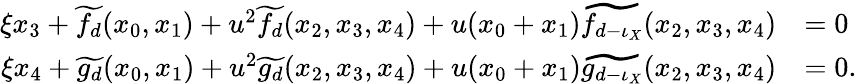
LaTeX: \begin{array}{rl}{\xi x_{3}+\widetilde{f_{d}}(x_{0},x_{1})+u^{2}\widetilde{f_{d}}(x_{2},x_{3},x_{4})+u(x_{0}+x_{1})\widetilde{f_{d-\iota_{X}}}(x_{2},x_{3},x_{4})}&{=0}\\ {\xi x_{4}+\widetilde{g_{d}}(x_{0},x_{1})+u^{2}\widetilde{g_{d}}(x_{2},x_{3},x_{4})+u(x_{0}+x_{1})\widetilde{g_{d-\iota_{X}}}(x_{2},x_{3},x_{4})}&{=0.}\end{array}